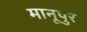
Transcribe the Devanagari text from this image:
मानूपुर